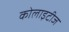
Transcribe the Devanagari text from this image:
कोलाइटीज